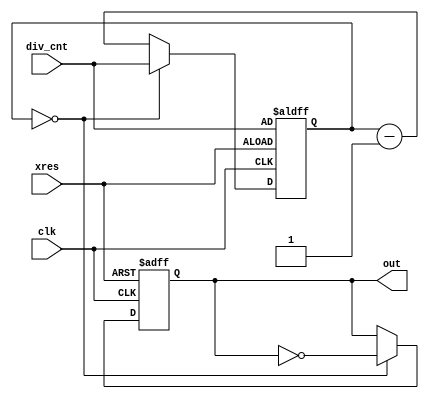
/* DIV_CNT */
module divider ( clk, xres, div_cnt, out );
    input clk, xres;
    input [31:0] div_cnt;
    output out;
    
    wire [31:0] div_cnt;
    reg out;
    reg [31:0] cnt_p;
    
    always @(posedge clk or negedge xres)
    begin
        if ( xres == 1'b0 ) begin
            cnt_p <= div_cnt;
            out <= 1'b0;
        end
        else if ( cnt_p == 32'd0 ) begin
            cnt_p <= div_cnt;
            out <= ~out;
        end
        else begin
            cnt_p <= cnt_p - 1'b1;
            out <= out;
        end
    end
endmodule